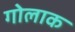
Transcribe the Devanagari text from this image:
गोलाक